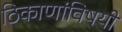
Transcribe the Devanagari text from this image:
ठिकाणांविषयी